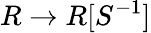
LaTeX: R\to R[S^{-1}]